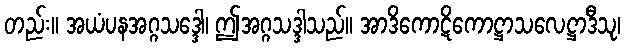
တည်း။ အယံပနအဂ္ဂသဒ္ဒေါ၊ ဤအဂ္ဂသဒ္ဒါသည်။ အာဒိကောဋိကောဋ္ဌာသလေဋ္ဌာဒီသု၊